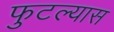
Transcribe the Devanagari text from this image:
फुटल्यास